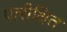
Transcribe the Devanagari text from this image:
पारीक्षित